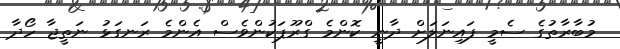
މުބާރާތުގެ ސެމީ ފައިނަލަށް ދާނީ ކޮންމެ ގްރޫޕަކުންވެސް އެންމެ ރަނގަޅު ނަތީޖާ ހޯދާ